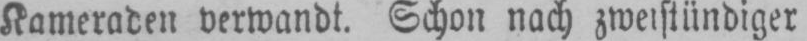
Kameraden verwandt. Schon nach zweistündiger